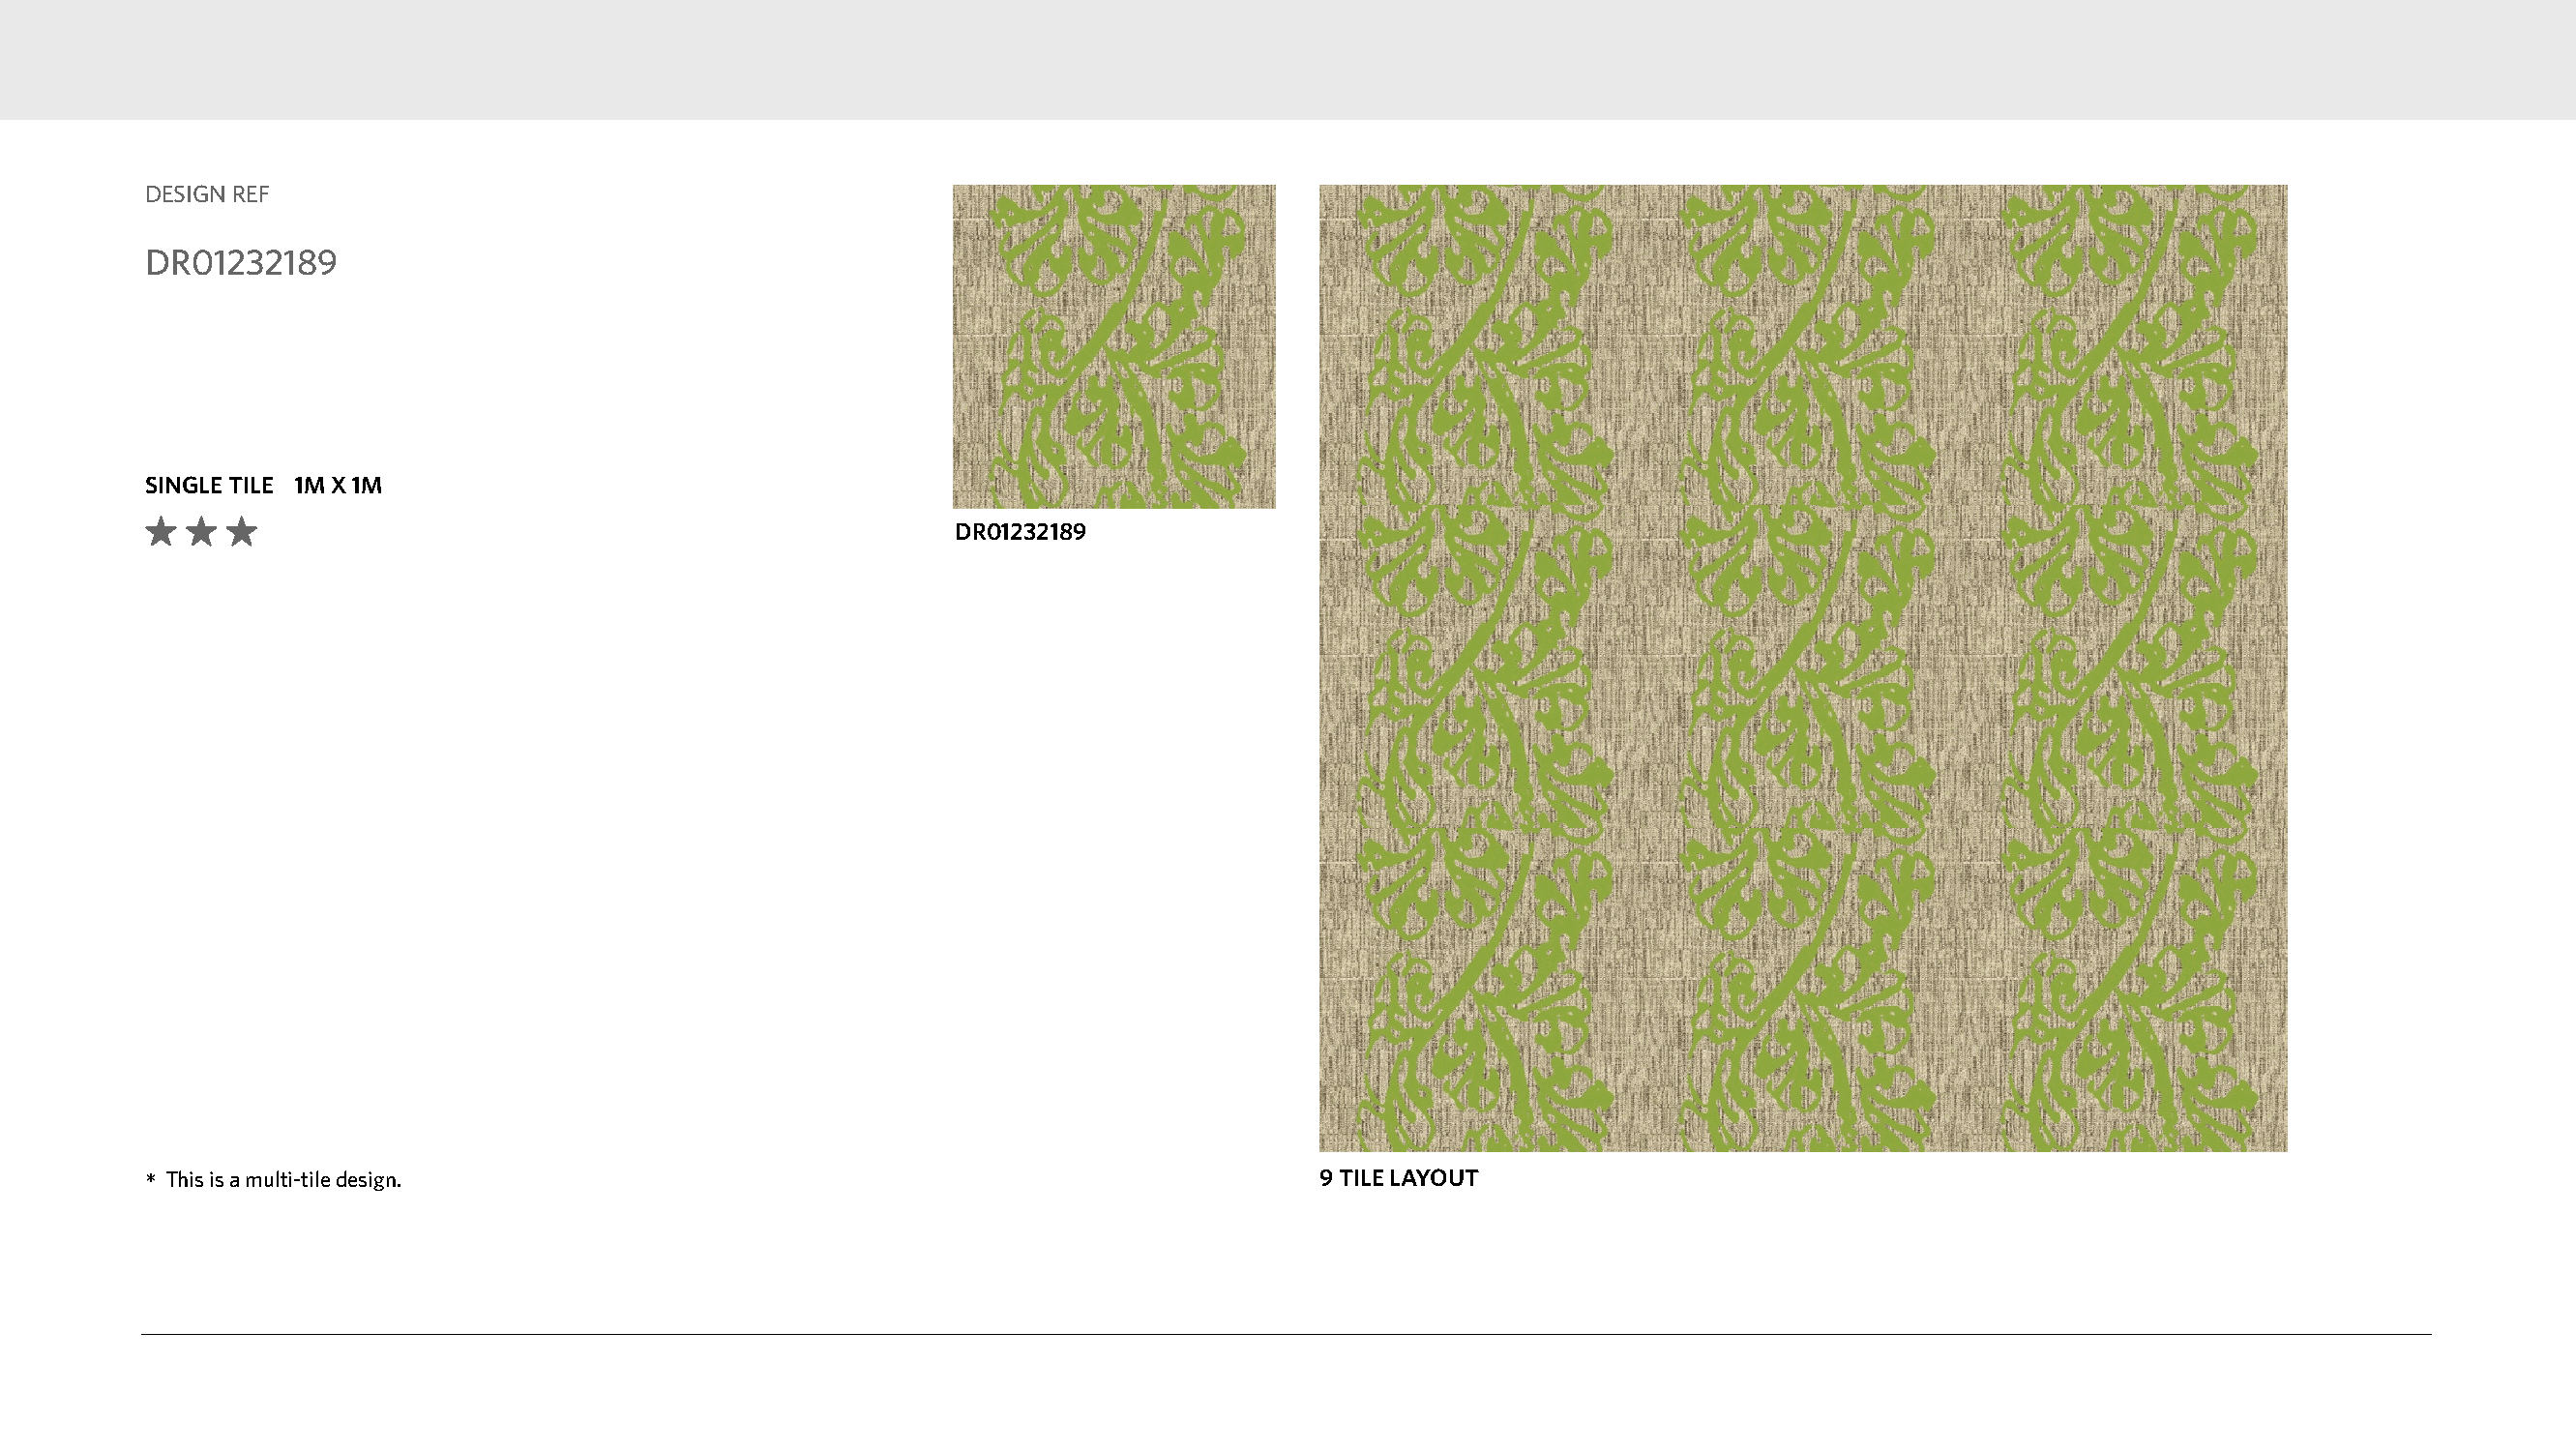
DESIGN REF
 DR01232189
 SINGLE TILE 1M X 1M
 DR01232189
 *This is a multi-tile design.                                                   9 TILE LAYOUT